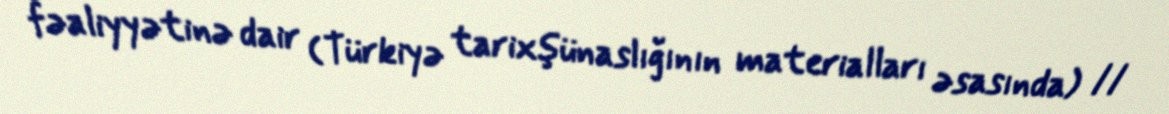
fəaliyyətinə dair (Türkiyə tarixşünaslığının materialları əsasında) //